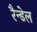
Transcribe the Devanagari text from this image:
रैन्डेल